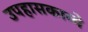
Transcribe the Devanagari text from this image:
उपहासकाव्ये